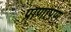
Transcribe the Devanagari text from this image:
प्राणापंण